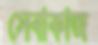
সেবাকাজ